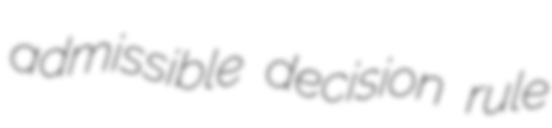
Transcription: admissible decision rule